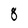
Character: 8